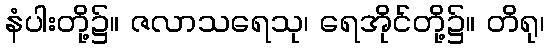
နံပါးတို့၌။ ဇလာသရေသု၊ ရေအိုင်တို့၌။ တိရု၊